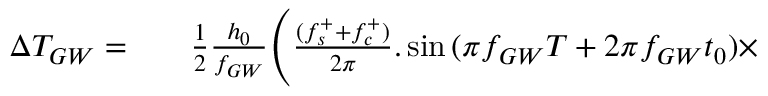
\begin{array} { r l r } { \Delta T _ { G W } = } & { { } } & { \frac { 1 } { 2 } \frac { h _ { 0 } } { f _ { G W } } \Biggl ( \frac { ( f _ { s } ^ { + } + f _ { c } ^ { + } ) } { 2 \pi } . \sin { ( \pi f _ { G W } T + 2 \pi f _ { G W } t _ { 0 } ) } \times } \end{array}